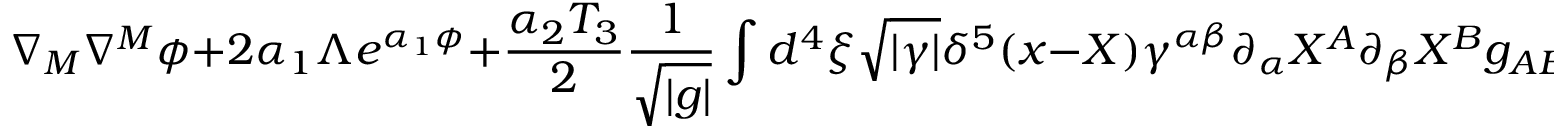
\nabla _ { M } \nabla ^ { M } \phi + 2 \alpha _ { 1 } \Lambda e ^ { \alpha _ { 1 } \phi } + \frac { \alpha _ { 2 } T _ { 3 } } { 2 } \frac { 1 } { \sqrt { | g | } } \int d ^ { 4 } \xi \sqrt { | \gamma | } \delta ^ { 5 } ( x - X ) \gamma ^ { \alpha \beta } \partial _ { \alpha } X ^ { A } \partial _ { \beta } X ^ { B } g _ { A B } e ^ { \alpha _ { 2 } \phi } = 0 ,